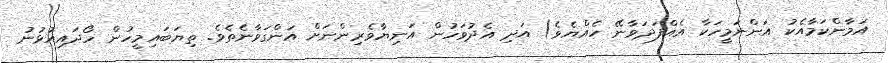
އަމާންކަމާއެކު އަންނަމީހަކާ އެއްފަދަވާނޭ ހެއްޔެވެ) އަދި އެދުވަހުން އަނިޔާވެރިންނަށް އަންގަވާނެތެވެ. ތިޔަބައިމީހުން ހޯދައިއުޅުނު